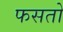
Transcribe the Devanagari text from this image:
फसतो